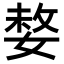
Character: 𡟋